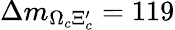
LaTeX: \Delta m_{\Omega_{c}\Xi_{c}^{\prime}}=119